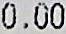
0.00